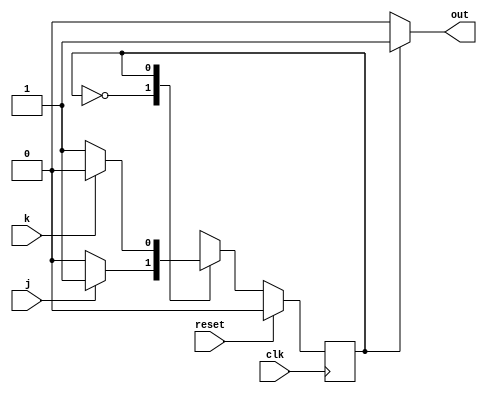
module top_module(
    input clk,
    input reset,    // Synchronous reset to OFF
    input j,
    input k,
    output out); //  

    parameter OFF=0, ON=1; 
    reg state, next_state;

    always @(*) begin
        // State transition logic
        case (state)
            OFF: next_state = j? ON: OFF;
            ON: next_state = k? OFF: ON;
            default: next_state = OFF;
        endcase
        
    end

    always @(posedge clk) begin
        // State flip-flops with synchronous reset
        if (reset)
            state <= OFF;
        else
            state <= next_state;
    end

    // Output logic
    // assign out = (state == ...);
    assign out = (state == OFF)? 1'b0 : 1'b1;

endmodule